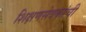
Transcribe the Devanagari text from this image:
शिक्षणसेवकांची